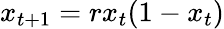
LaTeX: x_{t+1}=rx_{t}(1-x_{t})